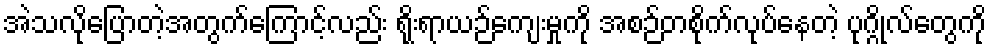
အဲသလိုပြောတဲ့အတွက်ကြောင့်လည်း ရိုးရာယဉ်ကျေးမှုကို အစဉ်တစိုက်လုပ်နေတဲ့ ပုဂ္ဂိုလ်တွေကို